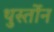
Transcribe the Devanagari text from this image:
थुर्स्तोन